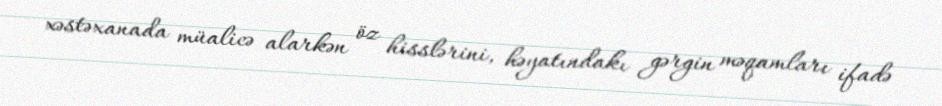
xəstəxanada müalicə alarkən öz hisslərini, həyatındakı gərgin məqamları ifadə